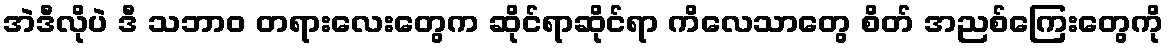
အဲဒီလိုပဲ ဒီ သဘာဝ တရားလေးတွေက ဆိုင်ရာဆိုင်ရာ ကိလေသာတွေ စိတ် အညစ်ကြေးတွေကို